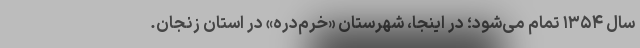
سال ۱۳۵۴ تمام می‌شود؛ در اینجا، شهرستان «خرم‌دره» در استان زنجان.